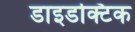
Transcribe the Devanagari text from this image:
डाइडक्टिक